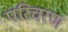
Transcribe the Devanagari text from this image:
परिचरण